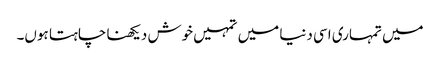
میں تمہاری اسی دنیا میں تمہیں خوش دیکھنا چاہتا ہوں۔